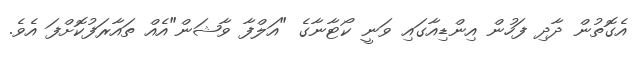
އެގޮތުން ދާދި ފަހުން އިންޑިއާގައި ވަނީ ކޯޓާނާގެ "އަލްފާ ވާޝަން"އެއް ތައާރަފުކޮށްފަ އެވެ.